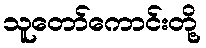
သူတော်ကောင်းတို့